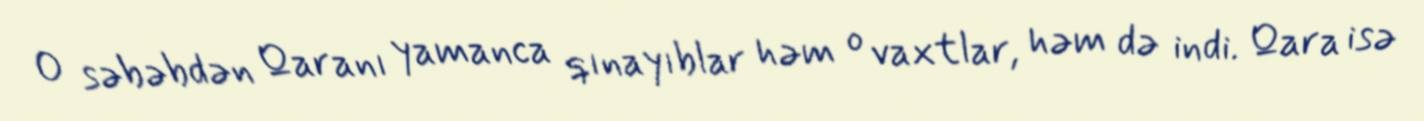
O səbəbdən Qaranı yamanca qınayıblar həm o vaxtlar, həm də indi. Qara isə